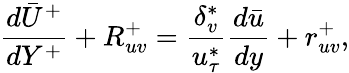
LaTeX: \frac{d\bar{U}^{+}}{dY^{+}}+R_{uv}^{+}=\frac{\delta_{v}^{*}}{u_{\tau}^{*}}\frac{d\bar{u}}{dy}+r_{uv}^{+},